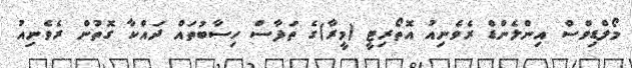
މޯލްޑިވްސް އިންލެންޑް ރެވެނިއު އޮތޯރިޓީ (މީރާ)ގެ ތަފާސް ހިސާބުތައް ދައްކާ ގޮތުން ރެވެނިއު